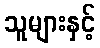
သူများနှင့်